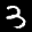
Label: 3